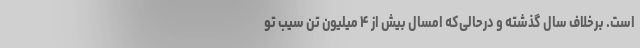
است. برخلاف سال گذشته و درحالی‌که امسال بیش از ۴ میلیون تن سیب تو